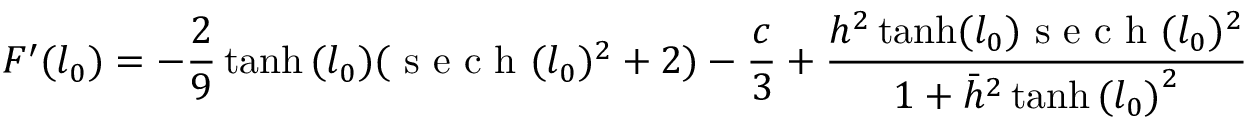
F ^ { \prime } ( l _ { 0 } ) = - \frac { 2 } { 9 } \operatorname { t a n h } { ( l _ { 0 } ) } ( \textrm { s e c h } ( l _ { 0 } ) ^ { 2 } + 2 ) - \frac { c } { 3 } + \frac { h ^ { 2 } \operatorname { t a n h } ( l _ { 0 } ) \textrm { s e c h } ( l _ { 0 } ) ^ { 2 } } { 1 + \bar { h } ^ { 2 } \operatorname { t a n h } { ( l _ { 0 } ) } ^ { 2 } }